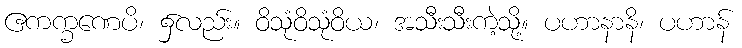
ဧကက္ခဏေပိ၊ ၌လည်း။ ဝိသုံဝိသုံဝိယ၊ အသီးသီးကဲ့သို့။ ပဟာနာနိ၊ ပဟာန်